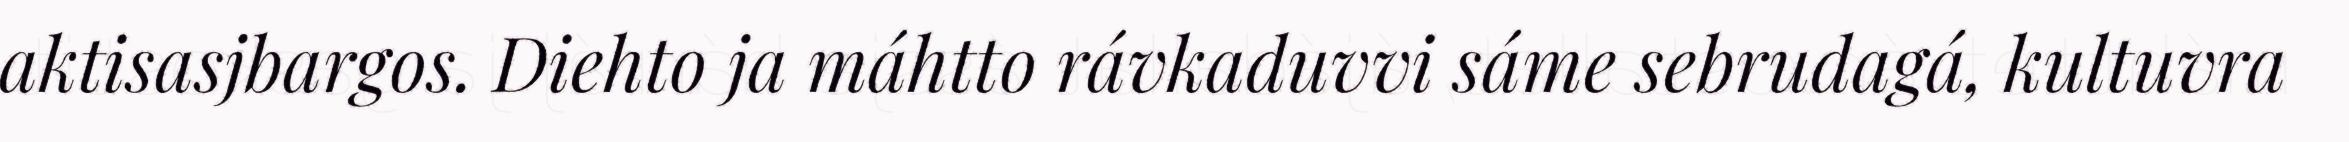
aktisasjbargos. Diehto ja máhtto rávkaduvvi sáme sebrudagá, kultuvra